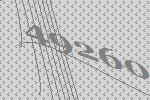
49260